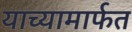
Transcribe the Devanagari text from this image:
याच्यामार्फत